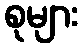
စုများ